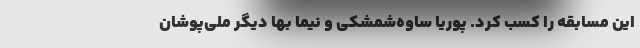
این مسابقه را کسب کرد. پوریا ساوه‌شمشکی و نیما بها دیگر ملی‌پوشان